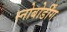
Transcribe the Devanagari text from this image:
स्नोबोर्डींग